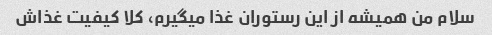
سلام من همیشه از این رستوران غذا میگیرم، کلا کیفیت غذاش